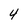
Character: 4